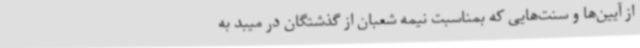
از آیین‌ها و سنت‌هایی که بمناسبت نیمه شعبان از گذشتگان در میبد به